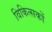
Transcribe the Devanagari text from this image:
विकित्सकों